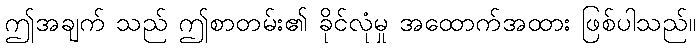
ဤအချက် သည် ဤစာတမ်း၏ ခိုင်လုံမှု အထောက်အထား ဖြစ်ပါသည်။